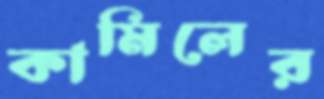
কামিলের